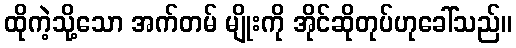
ထိုကဲ့သို့သော အက်တမ် မျိုးကို အိုင်ဆိုတုပ်ဟုခေါ်သည်။